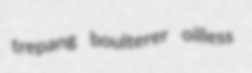
trepang boulterer oilless